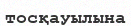
тосқауылына